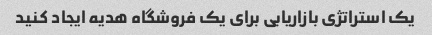
یک استراتژی بازاریابی برای یک فروشگاه هدیه ایجاد کنید